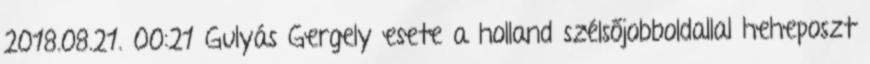
2018.08.21. 00:21 Gulyás Gergely esete a holland szélsőjobboldallal heheposzt